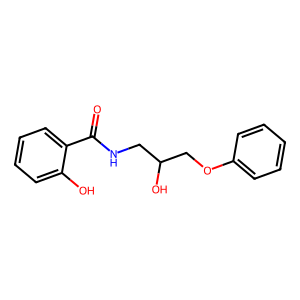
SMILES: O=C(NCC(O)COc1ccccc1)c1ccccc1O
Inhibits HIV replication: No